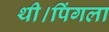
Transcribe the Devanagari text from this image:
थी।पिंगला